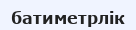
батиметрлік